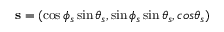
{ \bf s } = ( \cos \phi _ { s } \sin \theta _ { s } , \sin \phi _ { s } \sin \theta _ { s } , c o s \theta _ { s } )